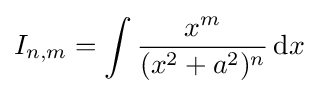
I_{n,m}=\int {\frac {x^{m}}{(x^{2}+a^{2})^{n}}}\,{\text{d}}x\,\!